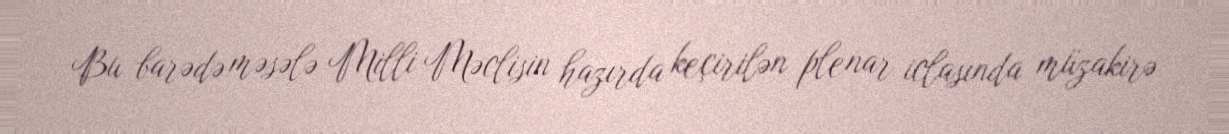
Bu barədə məsələ Milli Məclisin hazırda keçirilən plenar iclasında müzakirə